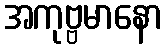
အကုဗ္ဗမာနော